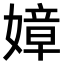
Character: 嫜